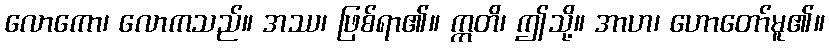
လောကော၊ လောကသည်။ အဿ၊ ဖြစ်ရာ၏။ ဣတိ၊ ဤသို့။ အာဟ၊ ဟောတော်မူ၏။